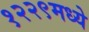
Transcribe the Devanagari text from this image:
१२२९मध्ये